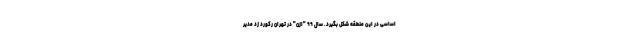
اساسی در این منطقه شکل بگیرد. سال ۹۹ "ازن" در تهران رکورد زد مدیر